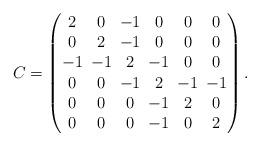
LaTeX: \begin{align*} \arraycolsep=2.8pt C=\begin{pmatrix} 2 & 0 & -1 & 0 & 0 & 0 \\ 0 & 2 & -1 & 0 & 0 & 0 \\ -1 & -1 & 2 & -1 & 0 & 0 \\ 0 & 0 & -1 & 2 & -1 & -1 \\ 0 & 0 & 0 & -1 & 2 & 0 \\ 0 & 0 & 0 & -1 & 0 & 2 \\ \end{pmatrix}.\end{align*}